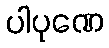
ပါပုဏေ